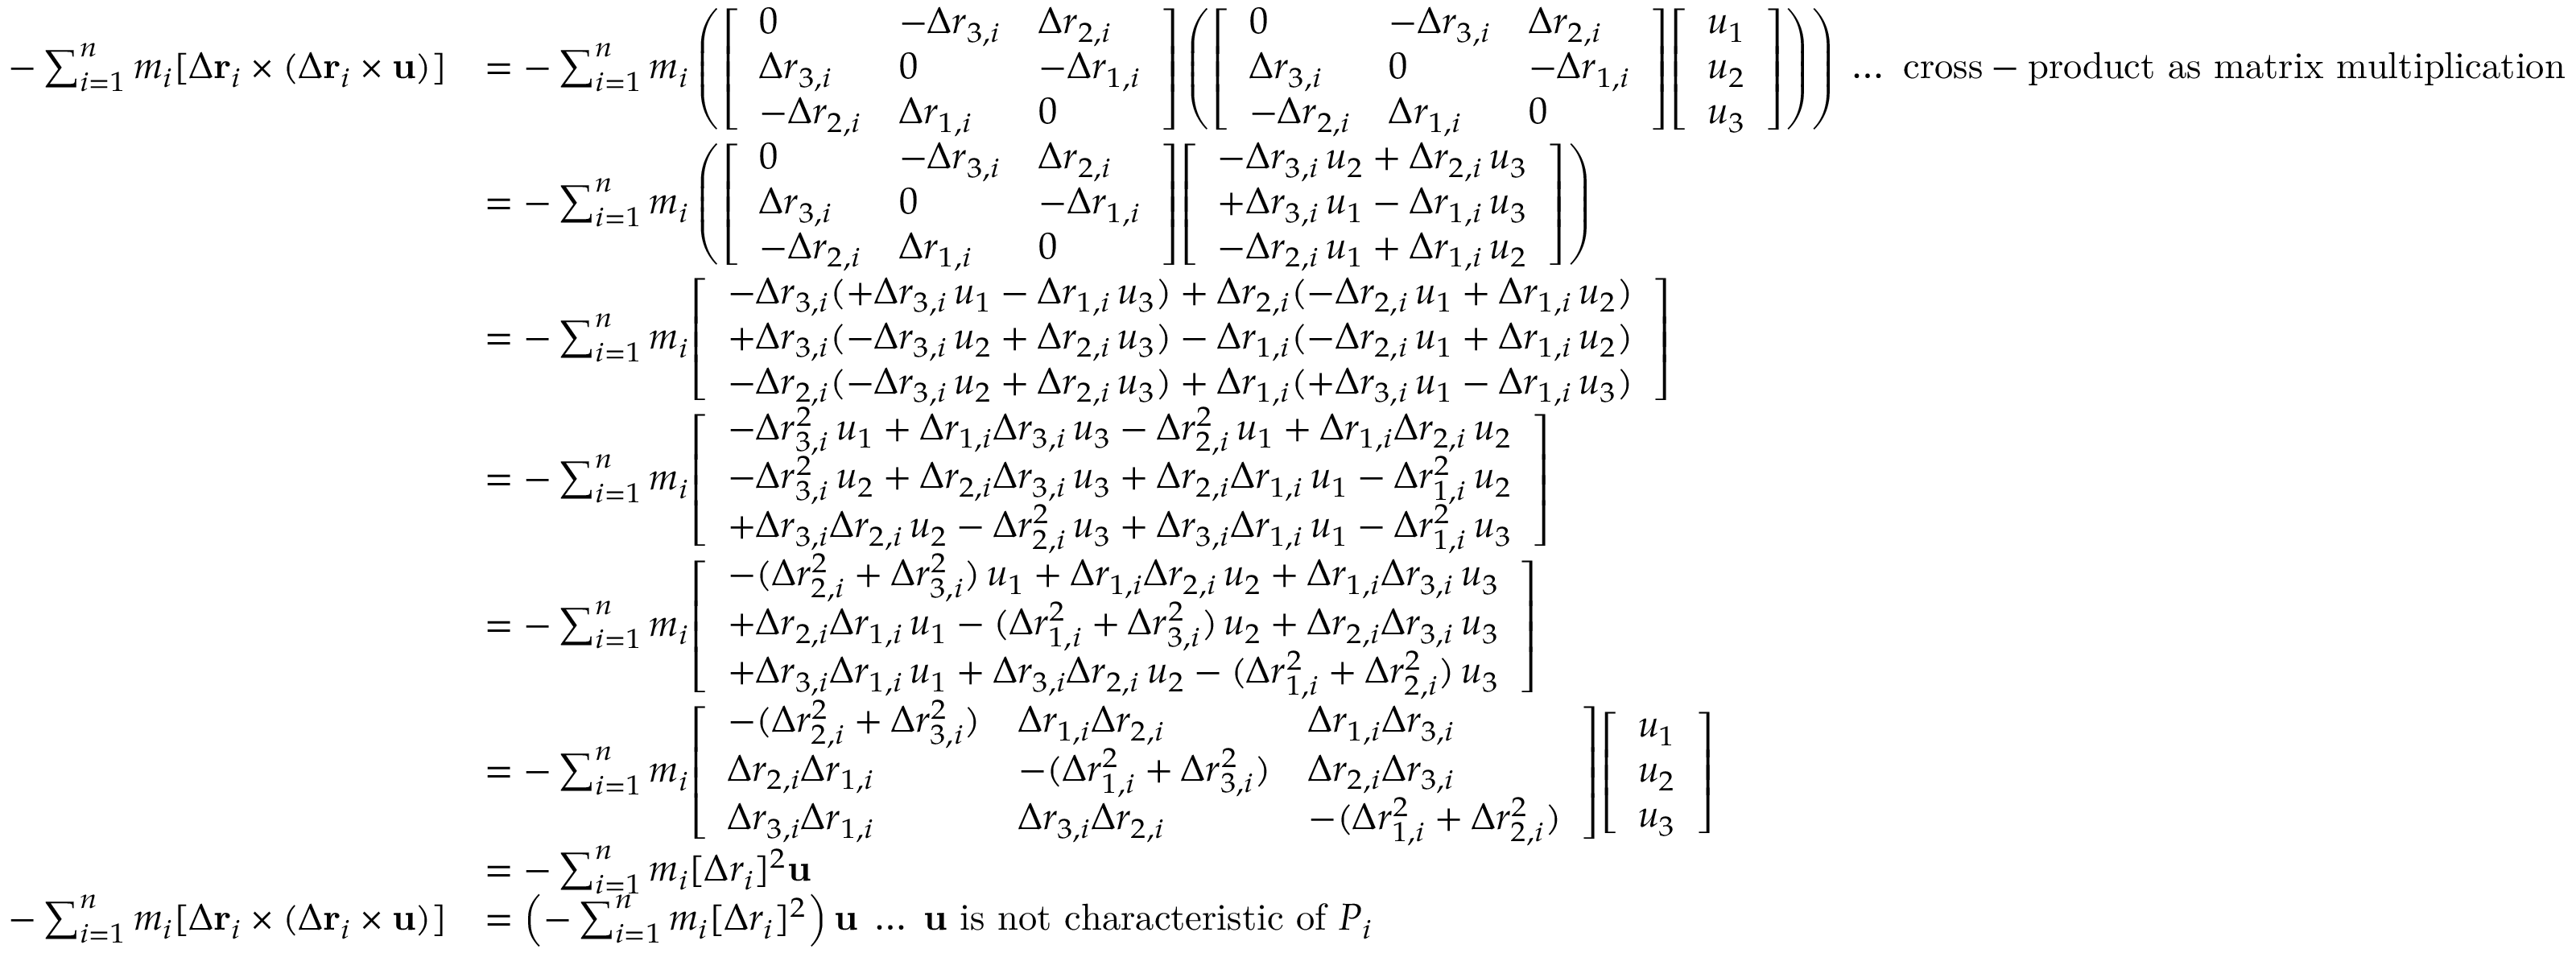
{ \begin{array} { r l } { - \sum _ { i = 1 } ^ { n } m _ { i } [ \Delta \mathbf { r } _ { i } \times ( \Delta \mathbf { r } _ { i } \times \mathbf { u } ) ] } & { = - \sum _ { i = 1 } ^ { n } m _ { i } \left( { \left[ \begin{array} { l l l } { 0 } & { - \Delta r _ { 3 , i } } & { \Delta r _ { 2 , i } } \\ { \Delta r _ { 3 , i } } & { 0 } & { - \Delta r _ { 1 , i } } \\ { - \Delta r _ { 2 , i } } & { \Delta r _ { 1 , i } } & { 0 } \end{array} \right] } \left( { \left[ \begin{array} { l l l } { 0 } & { - \Delta r _ { 3 , i } } & { \Delta r _ { 2 , i } } \\ { \Delta r _ { 3 , i } } & { 0 } & { - \Delta r _ { 1 , i } } \\ { - \Delta r _ { 2 , i } } & { \Delta r _ { 1 , i } } & { 0 } \end{array} \right] } { \left[ \begin{array} { l } { u _ { 1 } } \\ { u _ { 2 } } \\ { u _ { 3 } } \end{array} \right] } \right) \right) \; \ldots { \mathrm { ~ c r o s s - p r o d u c t ~ a s ~ m a t r i x ~ m u l t i p l i c a t i o n } } } \\ & { = - \sum _ { i = 1 } ^ { n } m _ { i } \left( { \left[ \begin{array} { l l l } { 0 } & { - \Delta r _ { 3 , i } } & { \Delta r _ { 2 , i } } \\ { \Delta r _ { 3 , i } } & { 0 } & { - \Delta r _ { 1 , i } } \\ { - \Delta r _ { 2 , i } } & { \Delta r _ { 1 , i } } & { 0 } \end{array} \right] } { \left[ \begin{array} { l } { - \Delta r _ { 3 , i } \, u _ { 2 } + \Delta r _ { 2 , i } \, u _ { 3 } } \\ { + \Delta r _ { 3 , i } \, u _ { 1 } - \Delta r _ { 1 , i } \, u _ { 3 } } \\ { - \Delta r _ { 2 , i } \, u _ { 1 } + \Delta r _ { 1 , i } \, u _ { 2 } } \end{array} \right] } \right) } \\ & { = - \sum _ { i = 1 } ^ { n } m _ { i } { \left[ \begin{array} { l } { - \Delta r _ { 3 , i } ( + \Delta r _ { 3 , i } \, u _ { 1 } - \Delta r _ { 1 , i } \, u _ { 3 } ) + \Delta r _ { 2 , i } ( - \Delta r _ { 2 , i } \, u _ { 1 } + \Delta r _ { 1 , i } \, u _ { 2 } ) } \\ { + \Delta r _ { 3 , i } ( - \Delta r _ { 3 , i } \, u _ { 2 } + \Delta r _ { 2 , i } \, u _ { 3 } ) - \Delta r _ { 1 , i } ( - \Delta r _ { 2 , i } \, u _ { 1 } + \Delta r _ { 1 , i } \, u _ { 2 } ) } \\ { - \Delta r _ { 2 , i } ( - \Delta r _ { 3 , i } \, u _ { 2 } + \Delta r _ { 2 , i } \, u _ { 3 } ) + \Delta r _ { 1 , i } ( + \Delta r _ { 3 , i } \, u _ { 1 } - \Delta r _ { 1 , i } \, u _ { 3 } ) } \end{array} \right] } } \\ & { = - \sum _ { i = 1 } ^ { n } m _ { i } { \left[ \begin{array} { l } { - \Delta r _ { 3 , i } ^ { 2 } \, u _ { 1 } + \Delta r _ { 1 , i } \Delta r _ { 3 , i } \, u _ { 3 } - \Delta r _ { 2 , i } ^ { 2 } \, u _ { 1 } + \Delta r _ { 1 , i } \Delta r _ { 2 , i } \, u _ { 2 } } \\ { - \Delta r _ { 3 , i } ^ { 2 } \, u _ { 2 } + \Delta r _ { 2 , i } \Delta r _ { 3 , i } \, u _ { 3 } + \Delta r _ { 2 , i } \Delta r _ { 1 , i } \, u _ { 1 } - \Delta r _ { 1 , i } ^ { 2 } \, u _ { 2 } } \\ { + \Delta r _ { 3 , i } \Delta r _ { 2 , i } \, u _ { 2 } - \Delta r _ { 2 , i } ^ { 2 } \, u _ { 3 } + \Delta r _ { 3 , i } \Delta r _ { 1 , i } \, u _ { 1 } - \Delta r _ { 1 , i } ^ { 2 } \, u _ { 3 } } \end{array} \right] } } \\ & { = - \sum _ { i = 1 } ^ { n } m _ { i } { \left[ \begin{array} { l } { - ( \Delta r _ { 2 , i } ^ { 2 } + \Delta r _ { 3 , i } ^ { 2 } ) \, u _ { 1 } + \Delta r _ { 1 , i } \Delta r _ { 2 , i } \, u _ { 2 } + \Delta r _ { 1 , i } \Delta r _ { 3 , i } \, u _ { 3 } } \\ { + \Delta r _ { 2 , i } \Delta r _ { 1 , i } \, u _ { 1 } - ( \Delta r _ { 1 , i } ^ { 2 } + \Delta r _ { 3 , i } ^ { 2 } ) \, u _ { 2 } + \Delta r _ { 2 , i } \Delta r _ { 3 , i } \, u _ { 3 } } \\ { + \Delta r _ { 3 , i } \Delta r _ { 1 , i } \, u _ { 1 } + \Delta r _ { 3 , i } \Delta r _ { 2 , i } \, u _ { 2 } - ( \Delta r _ { 1 , i } ^ { 2 } + \Delta r _ { 2 , i } ^ { 2 } ) \, u _ { 3 } } \end{array} \right] } } \\ & { = - \sum _ { i = 1 } ^ { n } m _ { i } { \left[ \begin{array} { l l l } { - ( \Delta r _ { 2 , i } ^ { 2 } + \Delta r _ { 3 , i } ^ { 2 } ) } & { \Delta r _ { 1 , i } \Delta r _ { 2 , i } } & { \Delta r _ { 1 , i } \Delta r _ { 3 , i } } \\ { \Delta r _ { 2 , i } \Delta r _ { 1 , i } } & { - ( \Delta r _ { 1 , i } ^ { 2 } + \Delta r _ { 3 , i } ^ { 2 } ) } & { \Delta r _ { 2 , i } \Delta r _ { 3 , i } } \\ { \Delta r _ { 3 , i } \Delta r _ { 1 , i } } & { \Delta r _ { 3 , i } \Delta r _ { 2 , i } } & { - ( \Delta r _ { 1 , i } ^ { 2 } + \Delta r _ { 2 , i } ^ { 2 } ) } \end{array} \right] } { \left[ \begin{array} { l } { u _ { 1 } } \\ { u _ { 2 } } \\ { u _ { 3 } } \end{array} \right] } } \\ & { = - \sum _ { i = 1 } ^ { n } m _ { i } [ \Delta r _ { i } ] ^ { 2 } \mathbf { u } } \\ { - \sum _ { i = 1 } ^ { n } m _ { i } [ \Delta \mathbf { r } _ { i } \times ( \Delta \mathbf { r } _ { i } \times \mathbf { u } ) ] } & { = \left( - \sum _ { i = 1 } ^ { n } m _ { i } [ \Delta r _ { i } ] ^ { 2 } \right) \mathbf { u } \; \ldots \; \mathbf { u } { \mathrm { ~ i s ~ n o t ~ c h a r a c t e r i s t i c ~ o f ~ } } P _ { i } } \end{array} }